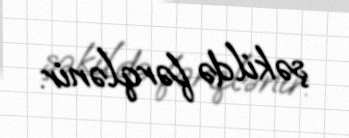
şəkildə fərqlənir.